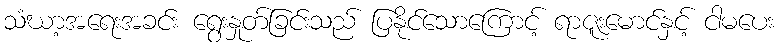
သံဃာ့အရေးအခင်း ရွေးနှုတ်ခြင်းသည် ပြနိုင်သောကြောင့် ရာဇူးမောင်နှင့် ငါမပေး